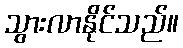
သွားလာနိုင်သည်။